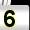
Digit: 5